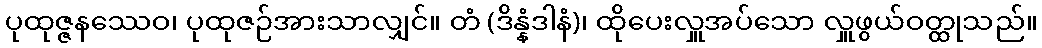
ပုထုဇ္ဇနဿေဝ၊ ပုထုဇဉ်အားသာလျှင်။ တံ (ဒိန္နံဒါနံ)၊ ထိုပေးလှူအပ်သော လှူဖွယ်ဝတ္ထုသည်။